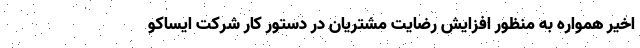
اخیر همواره به منظور افزایش رضایت مشتریان در دستور کار شرکت ایساکو